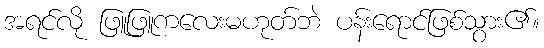
အရင်လို ဖြူဖြူကလေးမဟုတ်ဘဲ ပန်းရောင်ဖြစ်သွား၏။